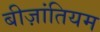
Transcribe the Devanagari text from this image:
बीज़ांतियम